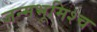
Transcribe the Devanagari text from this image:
जन्मभूमिश्च